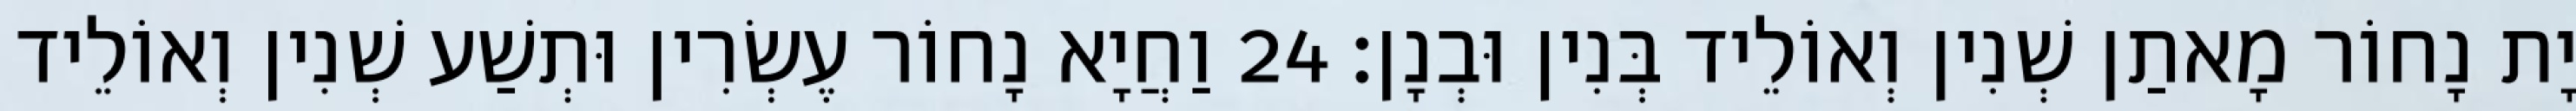
יָת נָחוֹר מָאתַן שְׁנִין וְאוֹלֵיד בְּנִין וּבְנָן׃ 24 וַחֲיָא נָחוֹר עֶשְׂרִין וּתְשַׁע שְׁנִין וְאוֹלֵיד